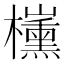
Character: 𣠍